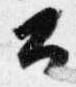
公